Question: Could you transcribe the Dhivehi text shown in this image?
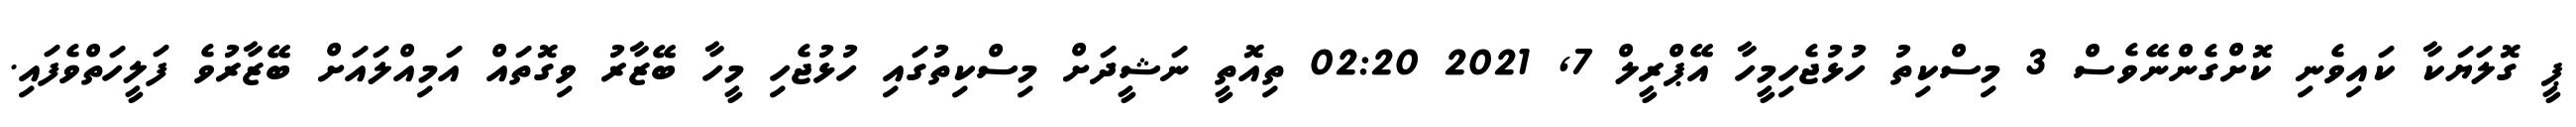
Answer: ޕީ ގޮލަޔަކާ ކައިވެނި ކޮށްގެންނޭވެސް 3 މިސްކިތު ހުޅުޖެހިމީހާ އޭޕްރީލް 7, 2021 02:20 ތިއޮތީ ނަޝީދަށް މިސްކިތުގައި ހުޅުޖެހި މީހާ ބޭޒާރު ވިގޮތައް އަމިއްލައަށް ބޭޒާރުވެ ފަލީހަތްވެފައި.